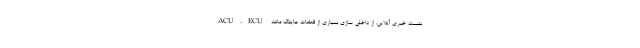
نشست خبری آنلاین، از داخلی سازی بسیاری از قطعات هایتک مانند ACU،ECU